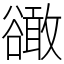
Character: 豃